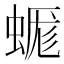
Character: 𧎞